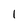
Character: 1